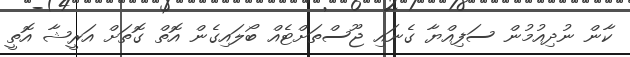
ކާން ނުދިއުމުން ސަފިއްޔާ ގެނައި ޖޫސްތަށްޓެއް ބޯލައިގެން އޮތް ގޮތަށް އަރީޝާ އޮތީ